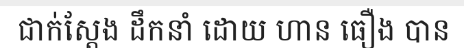
ជាក់ស្តែង ដឹកនាំ ដោយ ហាន ធឿង បាន